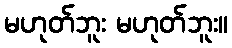
မဟုတ်ဘူး မဟုတ်ဘူး။